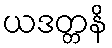
ယဒတ္တနိ